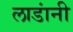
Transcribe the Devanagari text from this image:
लाडांनी